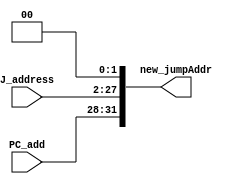
module Shift_Concatenate
(
    input   [25:0] J_address,
    input   [3:0]  PC_add,
    output  [31:0] new_jumpAddr
);

assign new_jumpAddr[0] =1'b0;
assign new_jumpAddr[1] =1'b0;

assign new_jumpAddr[31:28] = PC_add; 
assign new_jumpAddr[27:2] = J_address;

endmodule